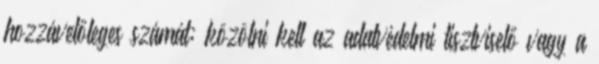
hozzávetőleges számát; közölni kell az adatvédelmi tisztviselő vagy a